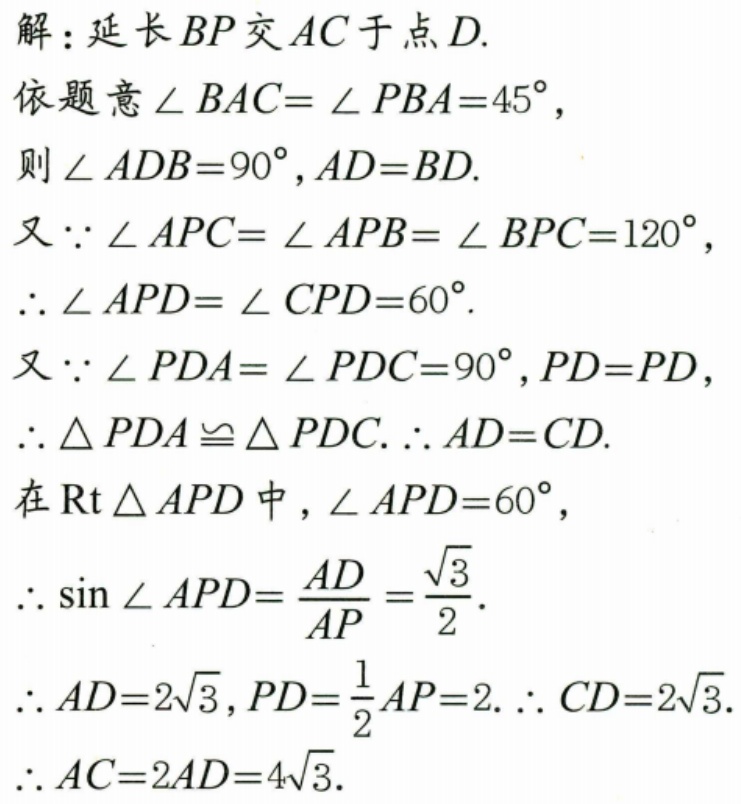
解：延长$BP$交$AC$于点$D$.
依题意$\angle BAC = \angle PBA = 45^{\circ}$，
则$\angle ADB = 90^{\circ},AD = BD$.
又$\because\angle APC=\angle APB = \angle BPC = 120^{\circ}$，
$\therefore\angle APD=\angle CPD = 60^{\circ}$.
又$\because\angle PDA=\angle PDC = 90^{\circ},PD = PD$，
$\therefore\triangle PDA\cong\triangle PDC.\therefore AD = CD$.
在$\mathrm{Rt}\triangle APD$中，$\angle APD = 60^{\circ}$，
$\therefore\sin\angle APD=\frac{AD}{AP}=\frac{\sqrt{3}}{2}$.
$\therefore AD = 2\sqrt{3},PD=\frac{1}{2}AP = 2.\therefore CD = 2\sqrt{3}$.
$\therefore AC = 2AD = 4\sqrt{3}$.